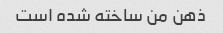
ذهن من ساخته شده است